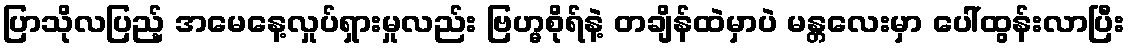
ပြာသိုလပြည့် အမေနေ့လှုပ်ရှားမှုလည်း ဗြဟ္မစိုရ်နဲ့ တချိန်ထဲမှာပဲ မန္တလေးမှာ ပေါ်ထွန်းလာပြီး